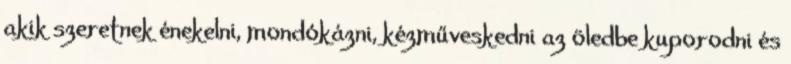
akik szeretnek énekelni, mondókázni, kézműveskedni az öledbe kuporodni és